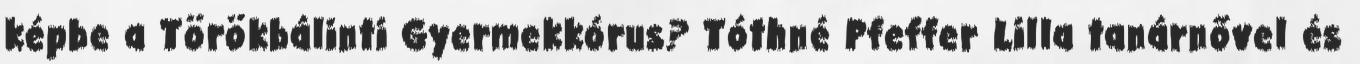
képbe a Törökbálinti Gyermekkórus? Tóthné Pfeffer Lilla tanárnővel és